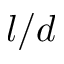
l / d